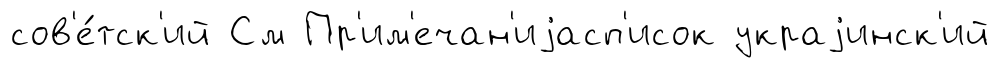
сов'е́тск'ий См Пр'им'ечан'иjасп'исок украjинск'ий